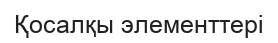
Қосалқы элементтері